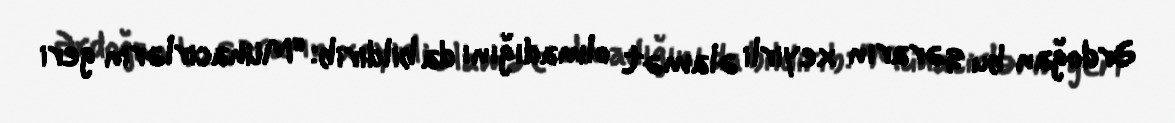
Ərdoğan bu qərarın xeyirli əlamət olmadığını da bildirib: “Mühacirlərin geri